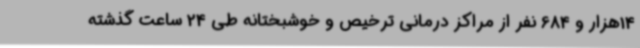
14هزار و 684 نفر از مراکز درمانی ترخیص و خوشبختانه طی 24 ساعت گذشته